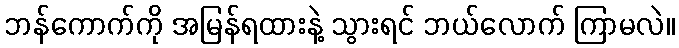
ဘန်ကောက်ကို အမြန်ရထားနဲ့ သွားရင် ဘယ်လောက် ကြာမလဲ။